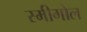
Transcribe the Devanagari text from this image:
स्मीगोल